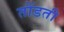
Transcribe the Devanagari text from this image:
तोंडती